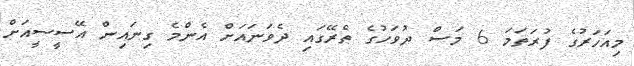
މިއަހަރުގެ ފުރަތަމަ 6 މަސް ދުވަހުގެ ތެރޭގައި ދެވަނައަށް އެންމެ ގިނައިން އޭސީސީއަށް